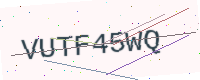
Text: VUTF45WQ